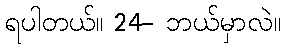
ရပါတယ်။ 24- ဘယ်မှာလဲ။